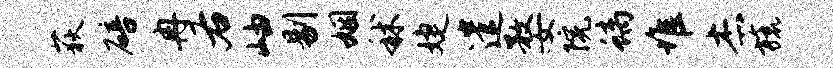
荻碚冉右岫剔姻秫婕遣婺院螭堆杰旒